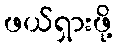
ဖယ်ရှားဖို့